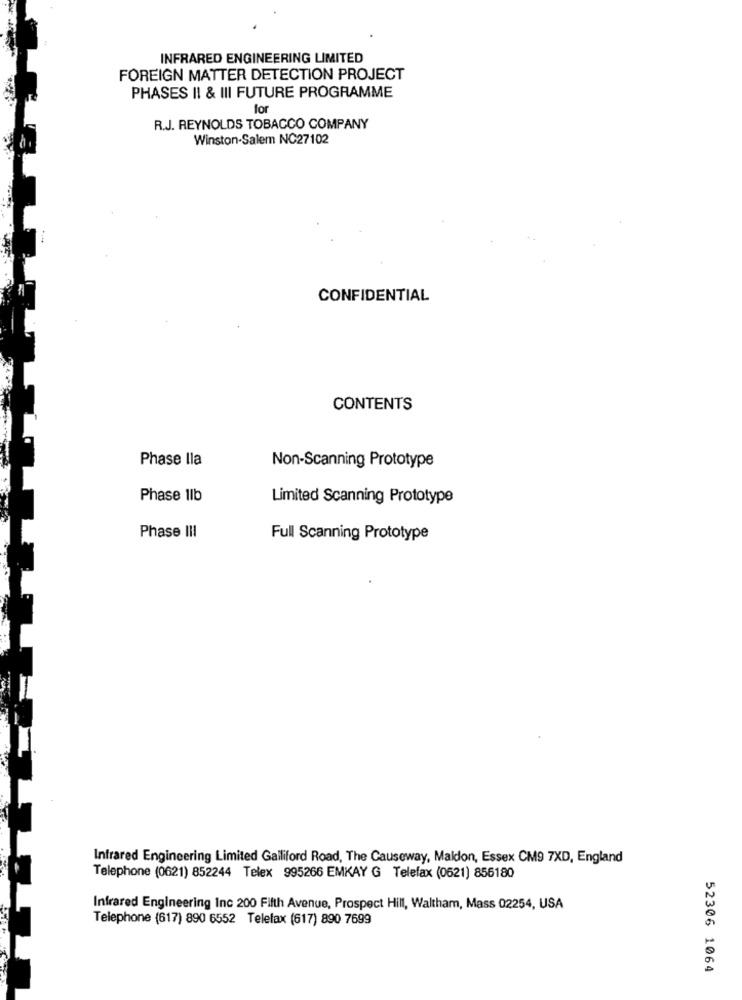
INFRARED ENGINEERING LIMITED
FOREIGN MATTER DETECTION PROJECT
PHASES II & III FUTURE PROGRAMME
for
R.J. REYNOLDS TOBACCO COMPANY
Winston-Salem NC27102
CONFIDENTIAL
CONTENTS
Phase lla
Non-Scanning Prototype
Phase 1lb
Limited Scanning Prototype
Phase III
Full Scanning Prototype
Infrared Engineering Limited Galliford Road, The Causeway, Maldon, Essex CM9 7XD, England
Telephone (0621) 852244 Telex 995266 EMKAY G Telefax (0621) 856180
Infrared Engineering Inc 200 Fifth Avenue, Prospect Hill, Waltham, Mass 02254, USA
Telephone (617) 890 6552 Telefax (617) 890 7699
52306 1064